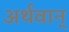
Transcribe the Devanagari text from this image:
अर्थवान्